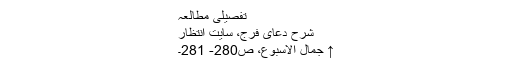
تفصیلی مطالعہ
شرح دعای فرج، سایت انتظار
↑ جمال الاسبوع، ص280- 281۔